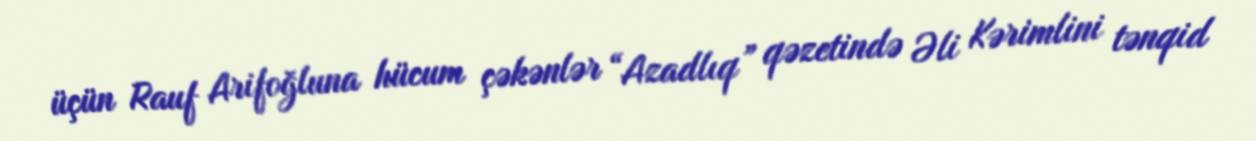
üçün Rauf Arifoğluna hücum çəkənlər “Azadlıq” qəzetində Əli Kərimlini tənqid